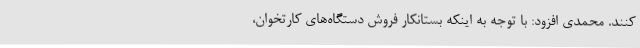
کنند. محمدی افزود: با توجه به اینکه بستانکار فروش دستگاه‌های کارتخوان،